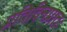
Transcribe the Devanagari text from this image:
प्रतिदिनप्रातः